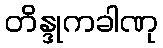
တိန္ဒုကခါဏု